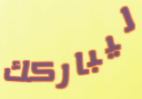
ليباركك